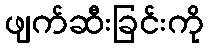
ဖျက်ဆီးခြင်းကို